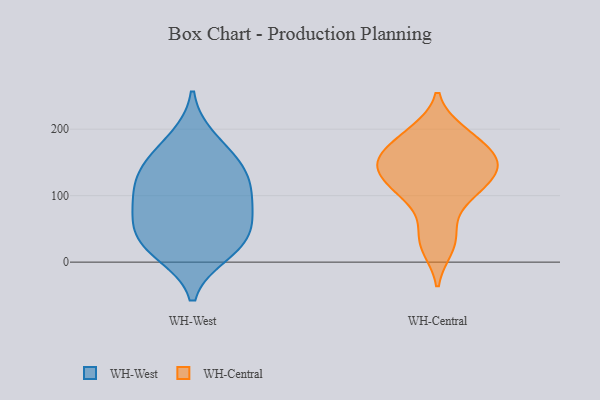
{"axis": {"x": "Website Visitors", "y": "Value"}, "legend": ["WH-Central", "WH-West"], "data": [{"x": "", "y": 185, "type": "WH-West"}, {"x": "", "y": 25, "type": "WH-West"}, {"x": "", "y": 113, "type": "WH-West"}, {"x": "", "y": 151, "type": "WH-West"}, {"x": "", "y": 14, "type": "WH-West"}, {"x": "", "y": 29, "type": "WH-West"}, {"x": "", "y": 101, "type": "WH-West"}, {"x": "", "y": 76, "type": "WH-West"}, {"x": "", "y": 124, "type": "WH-West"}, {"x": "", "y": 148, "type": "WH-West"}, {"x": "", "y": 50, "type": "WH-West"}, {"x": "", "y": 68, "type": "WH-West"}, {"x": "", "y": 122, "type": "WH-Central"}, {"x": "", "y": 198, "type": "WH-Central"}, {"x": "", "y": 133, "type": "WH-Central"}, {"x": "", "y": 155, "type": "WH-Central"}, {"x": "", "y": 20, "type": "WH-Central"}, {"x": "", "y": 161, "type": "WH-Central"}, {"x": "", "y": 158, "type": "WH-Central"}, {"x": "", "y": 144, "type": "WH-Central"}, {"x": "", "y": 105, "type": "WH-Central"}, {"x": "", "y": 96, "type": "WH-Central"}, {"x": "", "y": 46, "type": "WH-Central"}, {"x": "", "y": 190, "type": "WH-Central"}]}